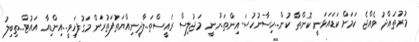
މުރުތައްދު ވެއްޖެ ކަމަށް ކަޑައަޅަނީ ކޮންތާ ކުން..ހިސާނުހުސައިންތަ...ނޫނީ މަޖުލިސް ރައީސްތަ..ލާދީނިއްޔަތުފަތުރަން މަގުފަހިވީ..އިންޑިއާ އައުޓް...ތިބިލު